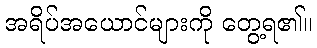
အရိပ်အယောင်များကို တွေ့ရ၏။